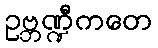
ဥဗ္ဘဏ္ဍီကတေ